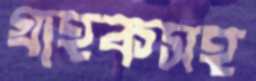
গ্রাহকসহ